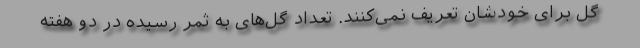
گل برای خودشان تعریف نمی‌کنند. تعداد گل‌های به ثمر رسیده در دو هفته